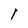
Character: 1